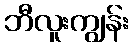
ဘီလူးကျွန်း